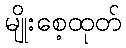
မျိုးစေ့ထုတ်